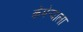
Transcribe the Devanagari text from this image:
कॅमेर्‍याला